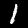
Digit: 1